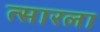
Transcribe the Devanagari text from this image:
त्सारला